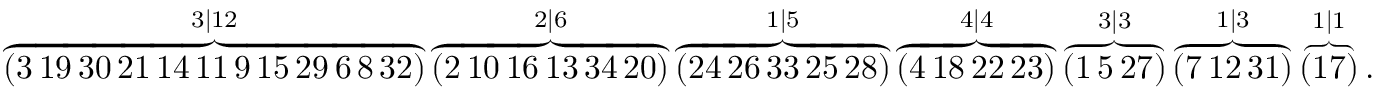
\begin{array} { r } { \overbrace { ( 3 \thinspace 1 9 \thinspace 3 0 \thinspace 2 1 \thinspace 1 4 \thinspace 1 1 \thinspace 9 \thinspace 1 5 \thinspace 2 9 \thinspace 6 \thinspace 8 \thinspace 3 2 ) } ^ { 3 | 1 2 } \overbrace { ( 2 \thinspace 1 0 \thinspace 1 6 \thinspace 1 3 \thinspace 3 4 \thinspace 2 0 ) } ^ { 2 | 6 } \overbrace { ( 2 4 \thinspace 2 6 \thinspace 3 3 \thinspace 2 5 \thinspace 2 8 ) } ^ { 1 | 5 } \overbrace { ( 4 \thinspace 1 8 \thinspace 2 2 \thinspace 2 3 ) } ^ { 4 | 4 } \overbrace { ( 1 \thinspace 5 \thinspace 2 7 ) } ^ { 3 | 3 } \overbrace { ( 7 \thinspace 1 2 \thinspace 3 1 ) } ^ { 1 | 3 } \overbrace { ( 1 7 ) } ^ { 1 | 1 } . } \end{array}